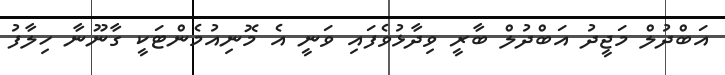
އަބްދުލް މަޖީދު އަބްދުލް ބާރީ ވިދާޅުވެފައި ވަނީ އެ މޮނިއުމެންޓަކީ ގާނޫނާ ހިލާފު